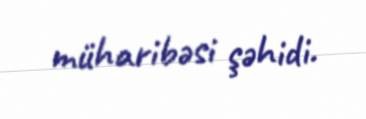
müharibəsi şəhidi.